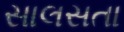
સાલસતા